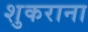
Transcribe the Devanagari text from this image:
शुकराना